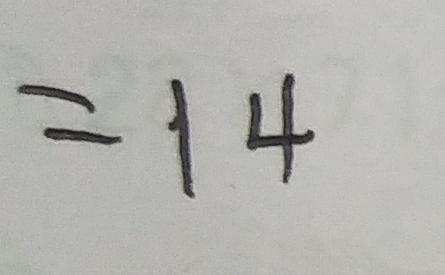
= 1 4